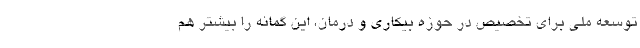
توسعه ملی برای تخصیص در حوزه بیکاری و درمان، این گمانه را بیشتر هم